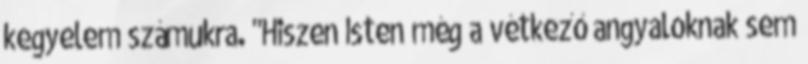
kegyelem számukra. "Hiszen Isten még a vétkező angyaloknak sem